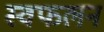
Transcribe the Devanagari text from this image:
स्वफलन